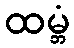
ထမ္ဘံ